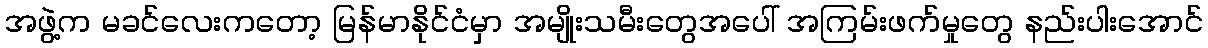
အဖွဲ့က မခင်လေးကတော့ မြန်မာနိုင်ငံမှာ အမျိုးသမီးတွေအပေါ် အကြမ်းဖက်မှုတွေ နည်းပါးအောင်